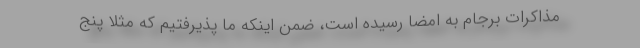
مذاکرات برجام به امضا رسیده است، ضمن اینکه ما پذیرفتیم که مثلاً پنج